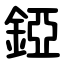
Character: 錏